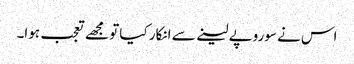
اس نے سوروپے لینے سے انکار کیا تو مجھے تعجب ہوا۔